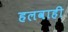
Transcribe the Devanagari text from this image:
हलवाही